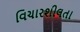
વિચારશીલતા